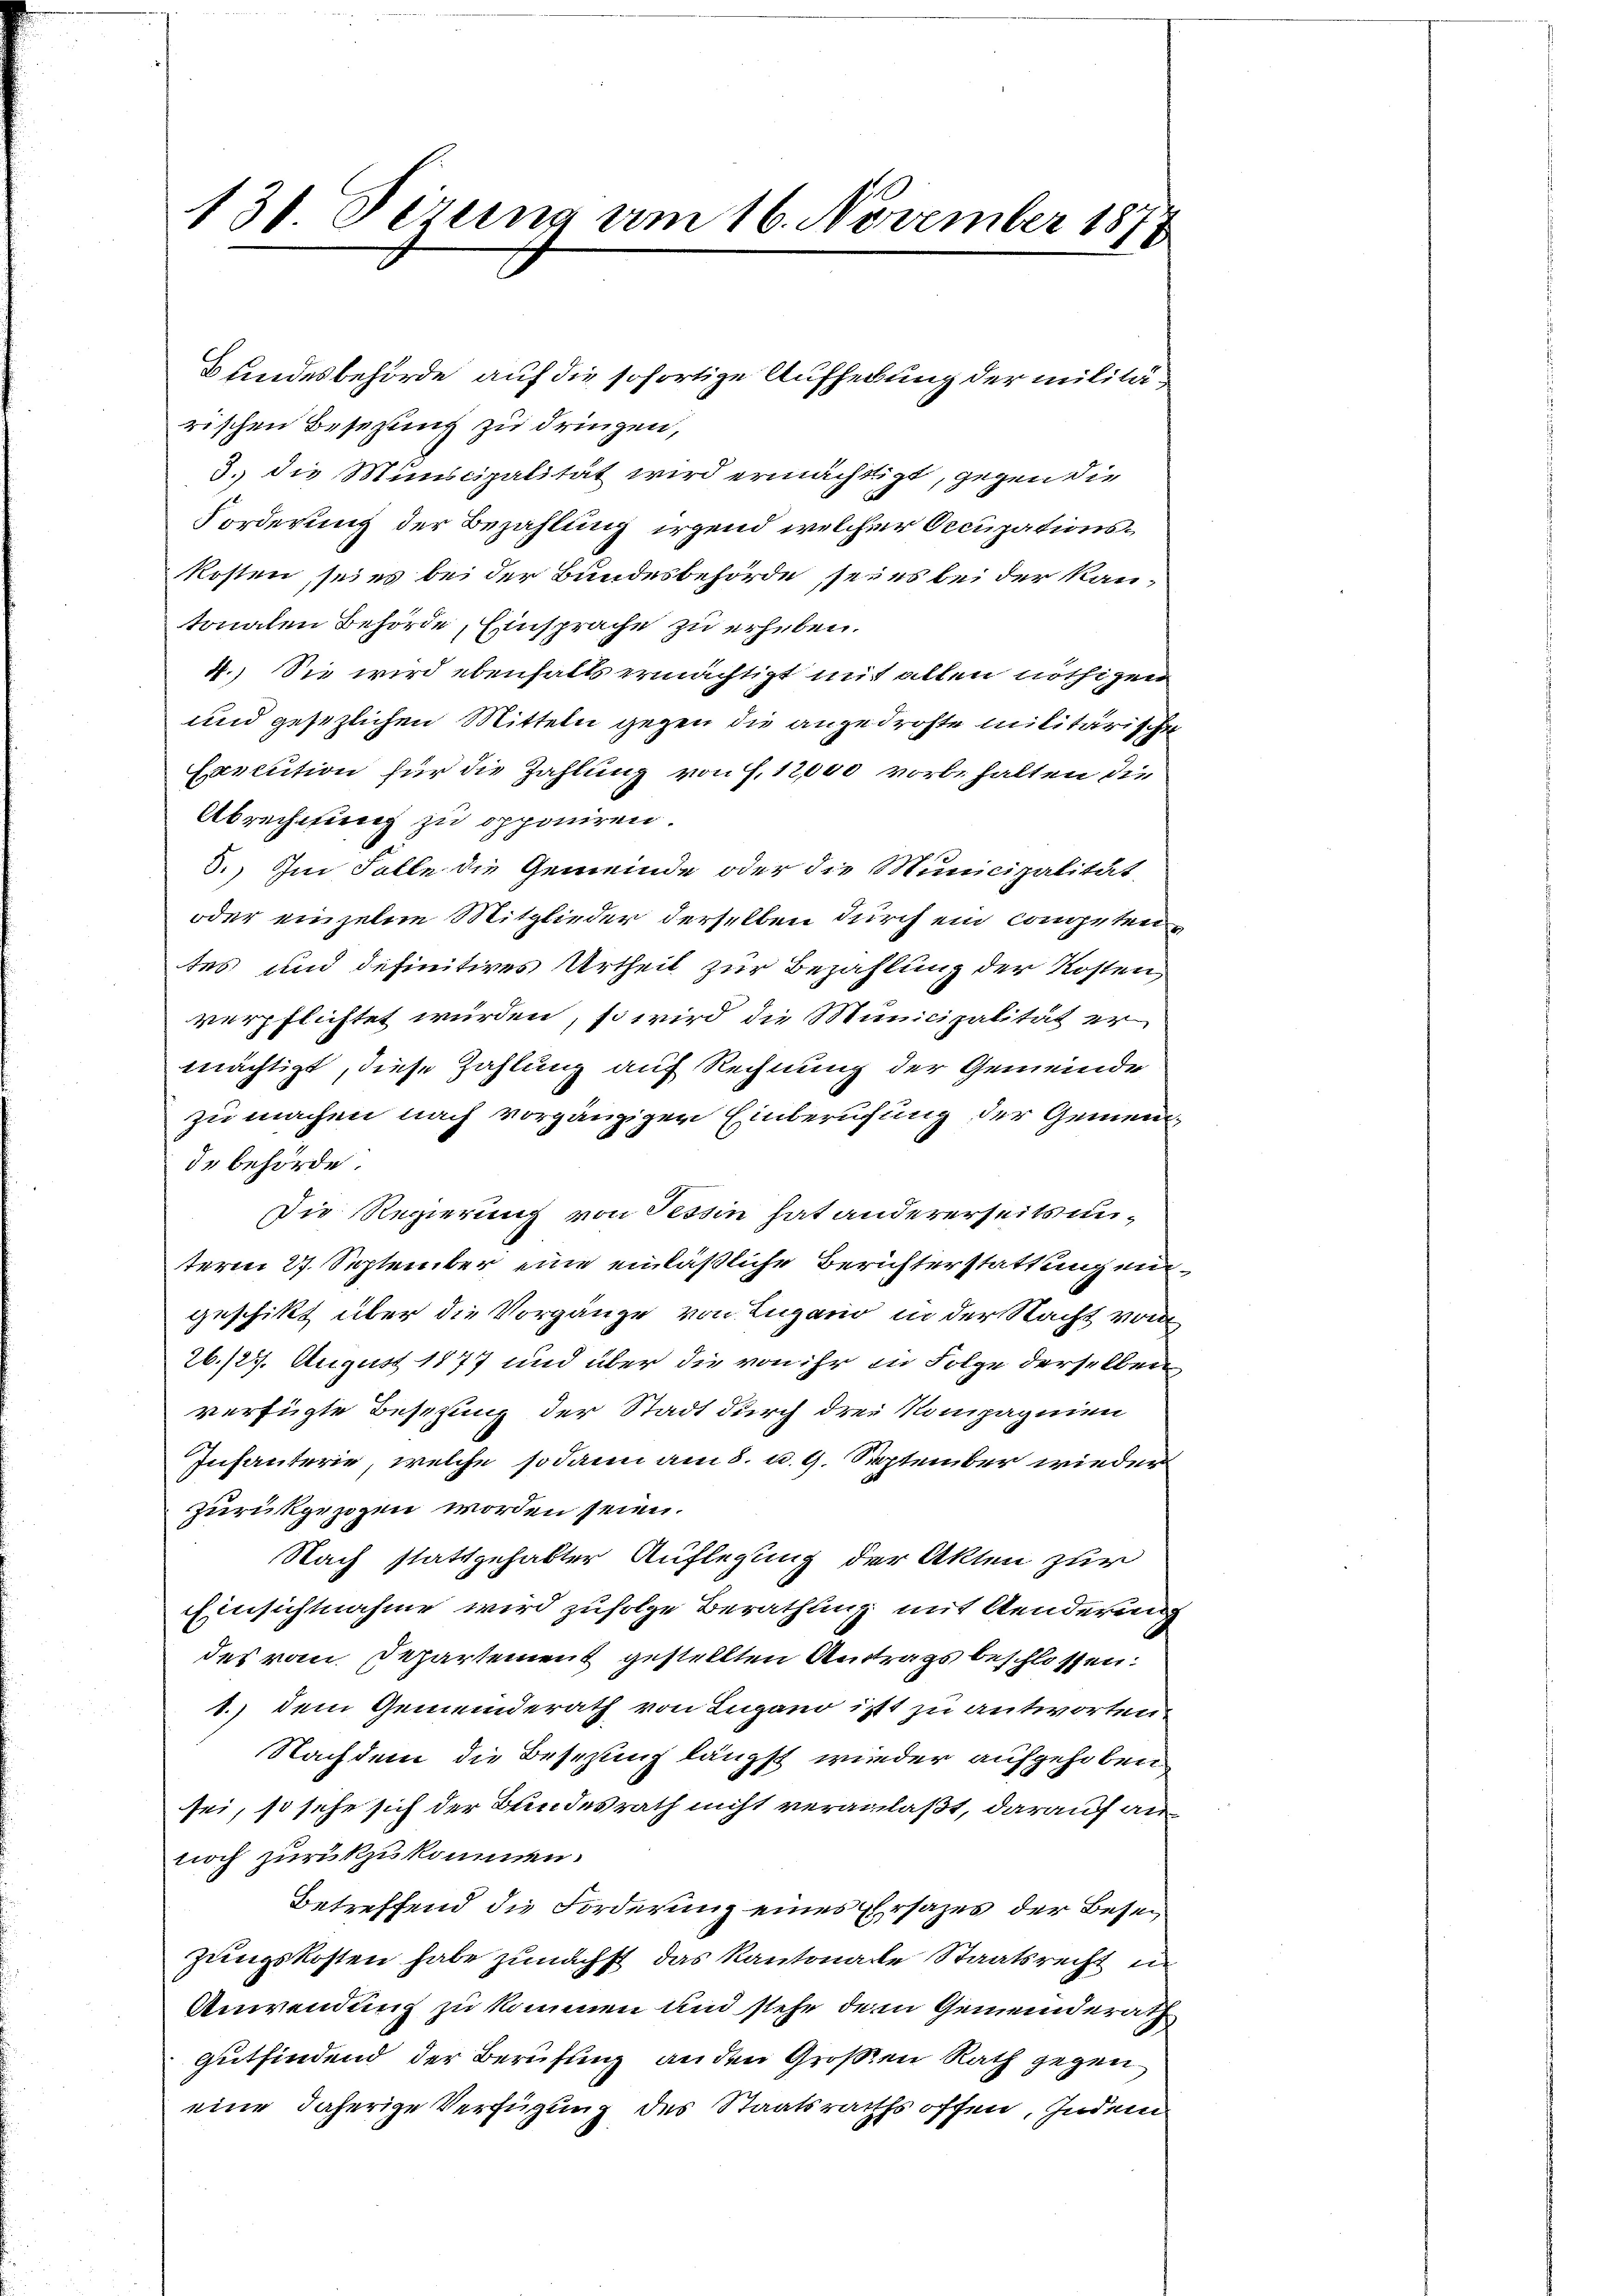
131 Dezung am 16. November 1873

Bundesbehörde auf die sofortige Aufhebung der militärischen Besetzung zu dringen,
3. die Miniscipalität wird ermächtigt, gegen die
Forderung der Bezahlung irgend welcher Occupationskosten, sei es bei der Bundesbehörde sei es bei der Kantonalen Behörde, Einsprache zu erheben.
4.) Sie wird ebenfalls ermächtigt mit allen nöthigen
und gesezlichen Mitteln gegen die angedrohte militärische
Execution für die Zahlung von f. 12000 vorbehalten die
Abrechnung zu opponiren.
5.) Im Falle die Gemeinde oder die Municipalität
oder einzelne Mitglieder derselben durch ein competentes und definitives Urtheil zur Bezahlung der Kosten,
verpflichtet würden, so wird die Municipalität er
mächtigt, diese Zahlung auf Rechnung der Gemeinde
zu machen nach vorgänziger Einberufung der Gemeinde behörde.
Die Regierung von Tessin hat andererseitsunterm 27. September eine einläßliche Berichterstattungen
geschikt über die Vorgänge von Lugano in der Nacht von
26./27. August 1877 und über die von ihr in Folge derselben
verfügte Besetzung der Stadt durch drei Kompagnien
Infanterie, welche sodann am 8. u. 9. September wieder
zurückgezogen worden seien.
Nach stattgehabter Auflegung der Akten zur
Einsichtnahme wird zufolge Berathung mit Aenderung
des vom Departement gestellten Antrags beschlossen:
1.) Dem Gemeinderath von Lugano ist zu antworten.
Nachdem die Besezung längst wieder aufgehoben
sei, so sehe sich der Bundesrath nicht veranlaßt, darauf annoch zurückzukommen.
Betreffend die Forderung eines Ehrsazes der Besezungskosten habe zunächst das Kantonale Staatsrecht in
Anwendung zu kommen und stehe dem Gemeinderath
Gutfindend der Berufung an den Großen Rath gegen
eine daherige Verfügung des Staatsraths offen, Indem